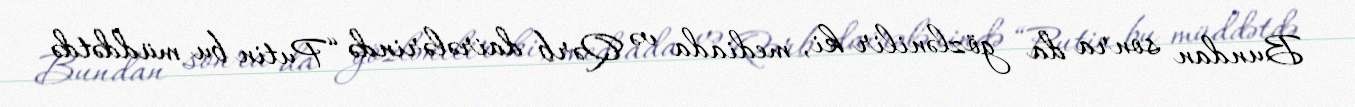
Bundan sonra da gözlənilir ki, mediada və Qərb dairələrində “Putin bu müddətdə